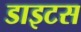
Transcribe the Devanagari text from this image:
डाइटस